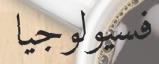
فسيولوجيا